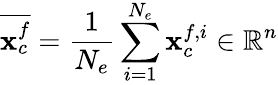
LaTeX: \overline{{{\mathbf x}_{c}^{f}}}=\frac{1}{N_{e}}\sum_{\substack{i=1}}^{N_{e}}{{\mathbf x}_{c}^{f,i}}\in\mathbb{R}^{n}